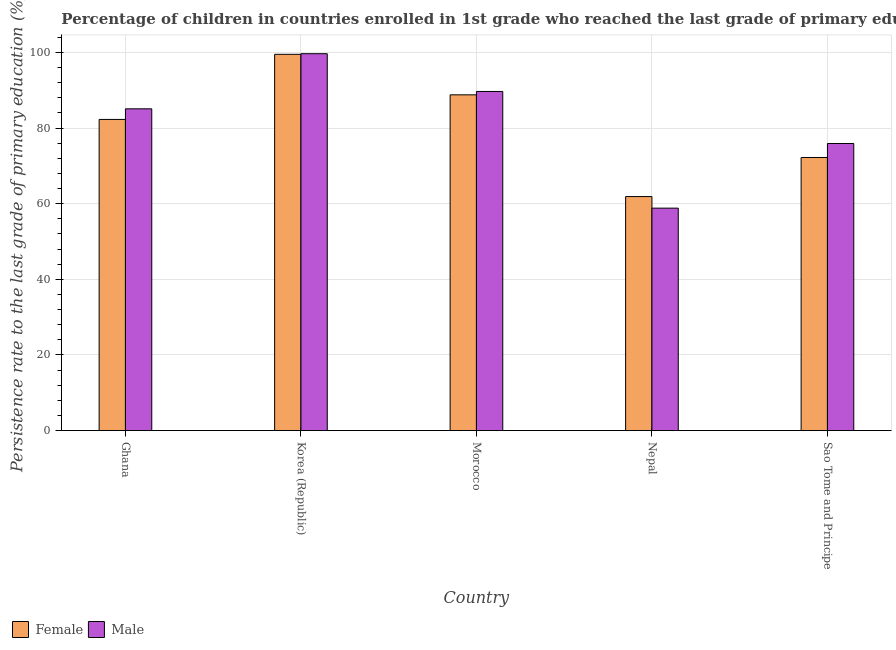
| Country | Female | Male |
 | --- | --- | --- |
 | Ghana | 82.3 | 85.1 |
 | Korea (Republic) | 99.5 | 99.7 |
 | Morocco | 88.8 | 89.7 |
 | Nepal | 61.9 | 58.8 |
 | Sao Tome and Principe | 72.2 | 75.9 |